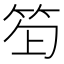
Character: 𥬿